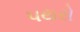
પથરો